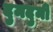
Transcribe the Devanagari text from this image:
दुमदुमी